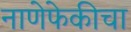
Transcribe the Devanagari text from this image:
नाणेफेकीचा